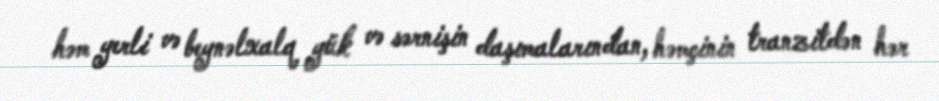
həm yerli və beynəlxalq yük və sərnişin daşımalarından, həmçinin tranzitdən hər